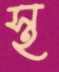
স্থ